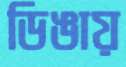
ডিঙায়